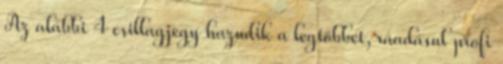
Az alábbi 4 csillagjegy hazudik a legtöbbet, ráadásul profi